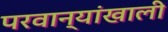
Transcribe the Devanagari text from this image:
परवान्यांखाली